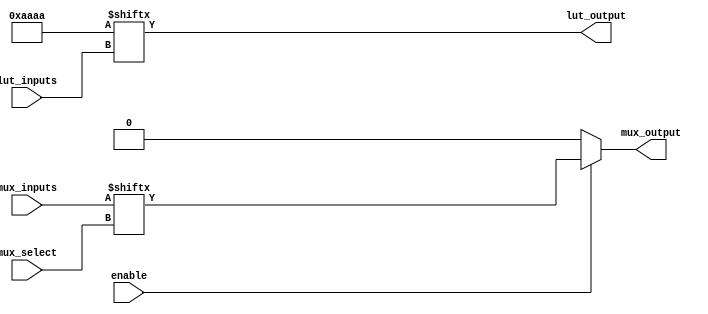
module CLB (
    input wire [3:0] lut_inputs,   // 4-bit input for LUT
    input wire [1:0] mux_select,    // 2-bit select for MUX
    input wire [3:0] mux_inputs,     // 4 inputs for MUX
    input wire enable,               // Enable signal for the MUX
    output wire lut_output,          // Output from LUT
    output wire mux_output           // Output from MUX
);

// Look-Up Table (LUT) implementation
reg [15:0] lut_memory; // 16 possible combinations for 4 inputs

// Initialize LUT memory with a specific truth table
initial begin
    lut_memory = 16'b1010101010101010; // Example truth table
end

// LUT output logic
assign lut_output = lut_memory[lut_inputs];

// Multiplexer implementation
assign mux_output = enable ? mux_inputs[mux_select] : 1'b0; // Output based on enable signal

endmodule